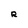
Character: R